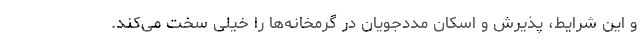
و این شرایط، پذیرش و اسکان مددجویان در گرمخانه‌ها را خیلی سخت می‌کند.